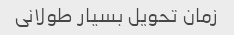
زمان تحویل بسیار طولانی